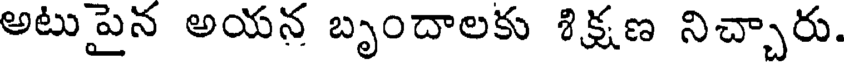
అటుపైన అయన బృందాలకు శిక్షణ నిచ్చారు.